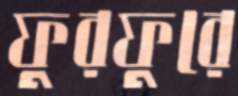
ফুরফুরে